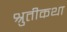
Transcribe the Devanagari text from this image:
श्रुतीकथा